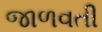
જાળવતી